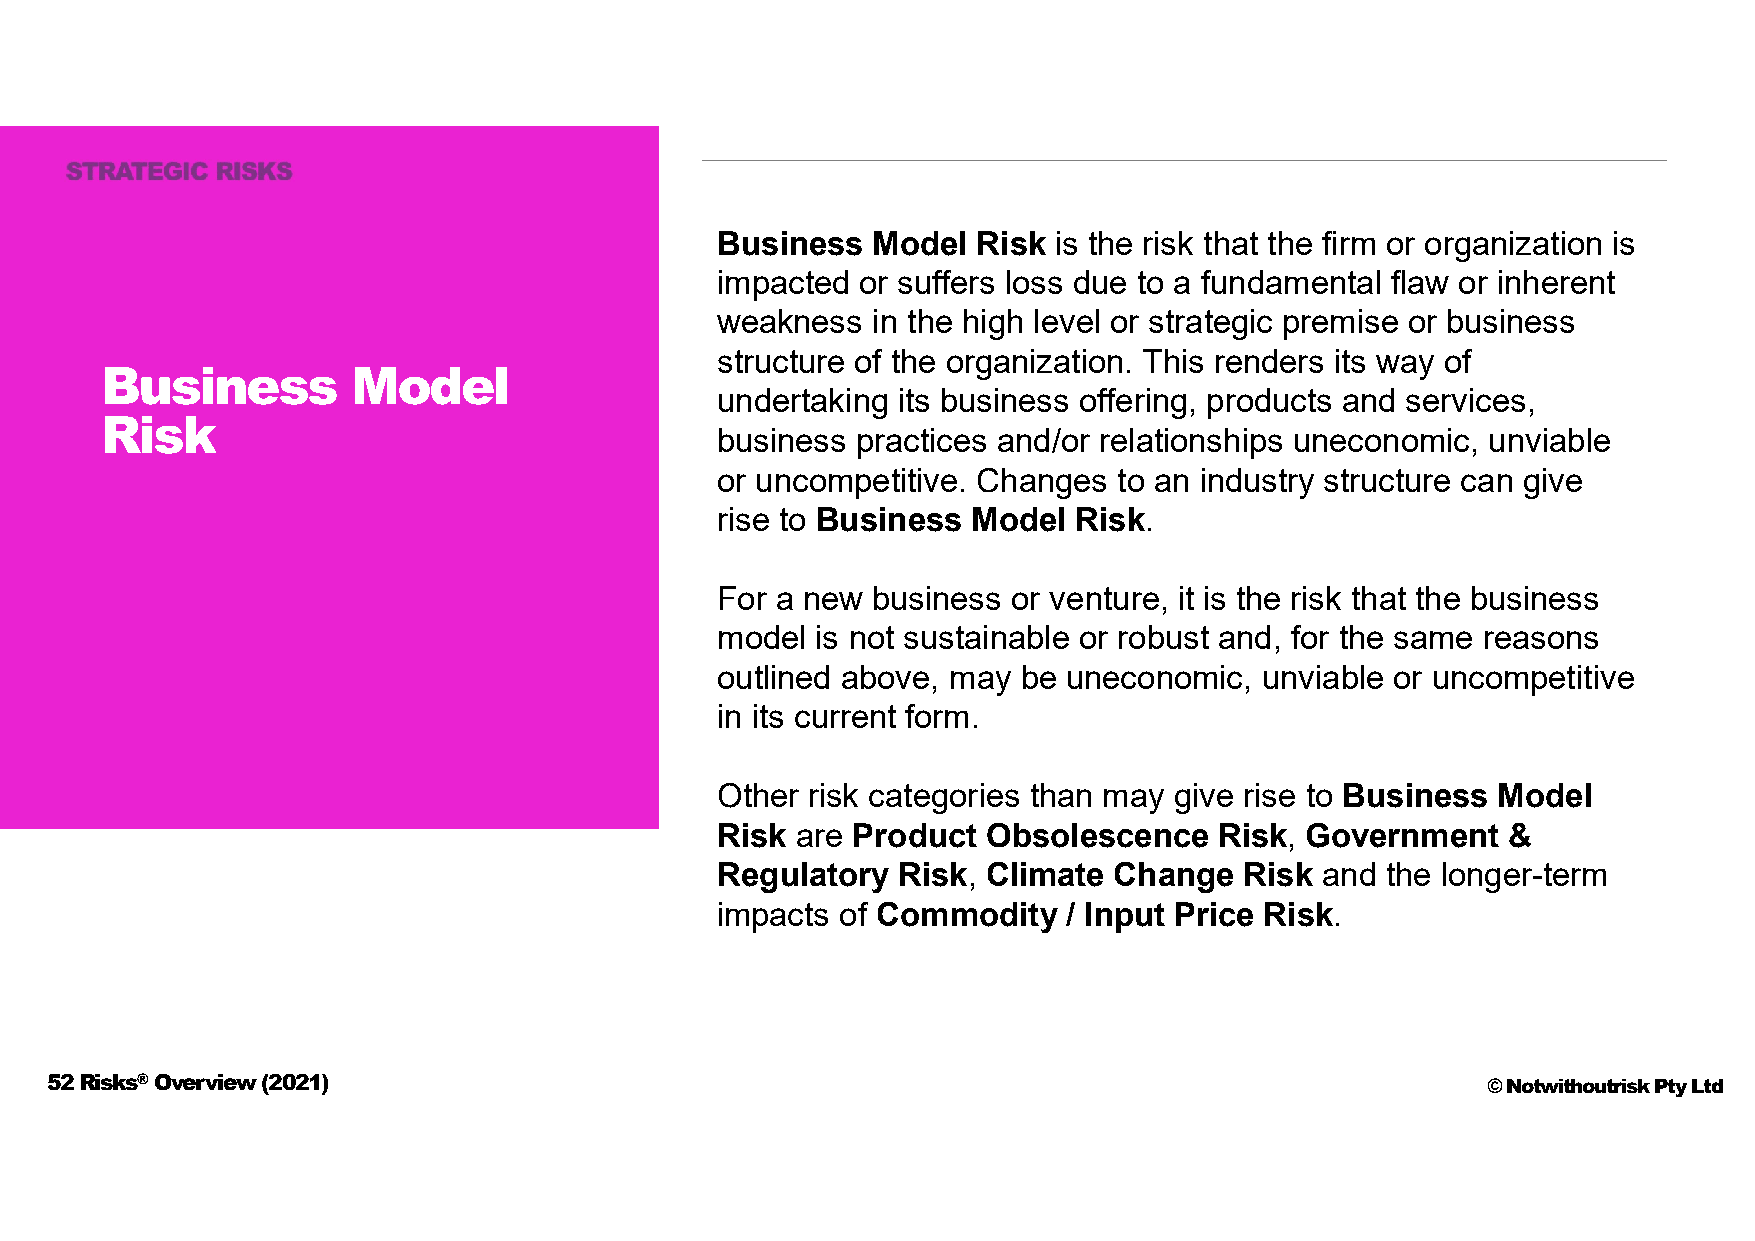
Business   Model  Risk is the risk that the firm or organization is
 impacted  or suffers loss due to a fundamental flaw or inherent
 weakness   in the high level or strategic premise or business
 structure of the organization. This renders its way of
 Business        Model
 undertaking its business offering, products and services,
 Risk
 business  practices and/or relationships uneconomic, unviable
 or uncompetitive. Changes  to an industry structure can give
 rise to Business Model  Risk.
 For a new  business or venture, it is the risk that the business
 model  is not sustainable or robust and, for the same reasons
 outlined above, may  be uneconomic, unviable or uncompetitive
 in its current form.
 Other  risk categories than may give rise to Business Model
 Risk  are Product Obsolescence    Risk, Government   &
 Regulatory  Risk, Climate  Change  Risk and  the longer-term
 impacts  of Commodity   / Input Price Risk.
 52 Risks®Overview (2021)                                                                       © Notwithoutrisk Pty Ltd